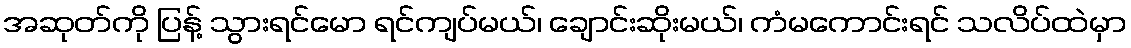
အဆုတ်ကို ပြန့် သွားရင်မော ရင်ကျပ်မယ်၊ ချောင်းဆိုးမယ်၊ ကံမကောင်းရင် သလိပ်ထဲမှာ